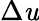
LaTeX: \Delta\mathit{u}